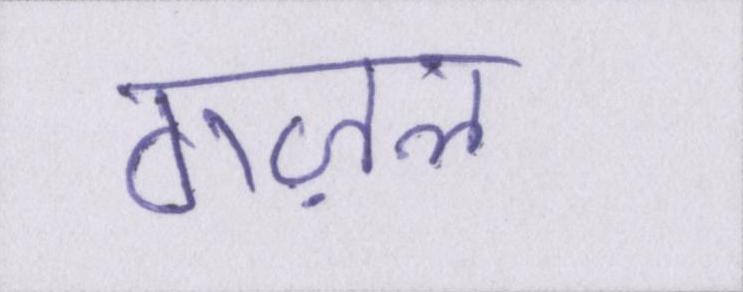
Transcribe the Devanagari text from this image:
गज़ल।